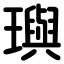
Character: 璵